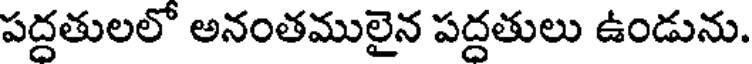
పద్దతులలో అనంతములైన పద్దతులు ఉండును.